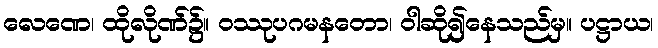
လေဏေ၊ ထိုလိုဏ်၌။ ဝဿုပဂမနတော၊ ဝါဆို၍နေသည်မှ။ ပဋ္ဌာယ၊